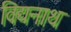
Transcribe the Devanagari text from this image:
विद्यनाथ